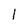
Character: l